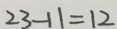
2 3 - 1 1 = 1 2